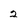
Character: 2